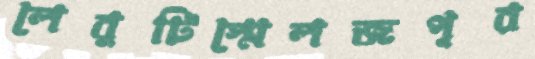
লেবুটিস্মেলজপূর